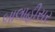
બાલાહીસર